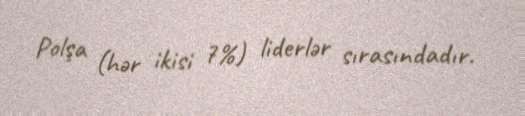
Polşa (hər ikisi 7%) liderlər sırasındadır.